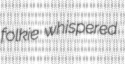
folkie whispered